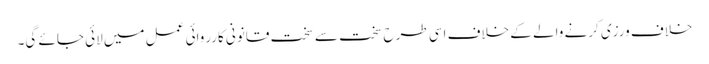
خلاف ورزی کرنے والے کے خلاف اسی طرح سخت سے سخت قانونی کارروائی عمل میں لائی جائے گی۔